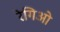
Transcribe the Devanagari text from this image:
रेगिओ